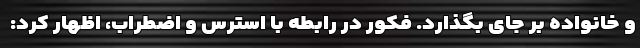
و خانواده بر جای بگذارد. فکور در رابطه با استرس و اضطراب، اظهار کرد: